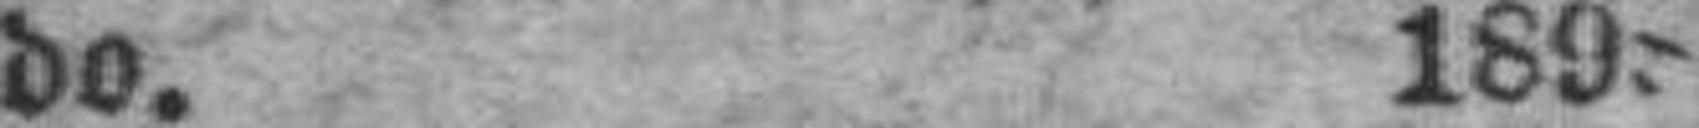
do. 1898